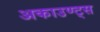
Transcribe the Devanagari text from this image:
अकाउण्ट्स